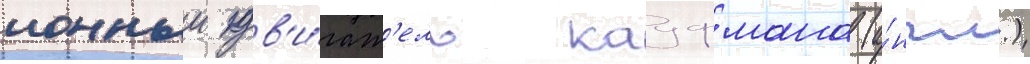
ионныи дв'и́гат'ель кауфмана (а́нгл.)